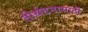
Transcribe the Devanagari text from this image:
तीर्थटनासाठी